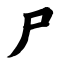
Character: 尸